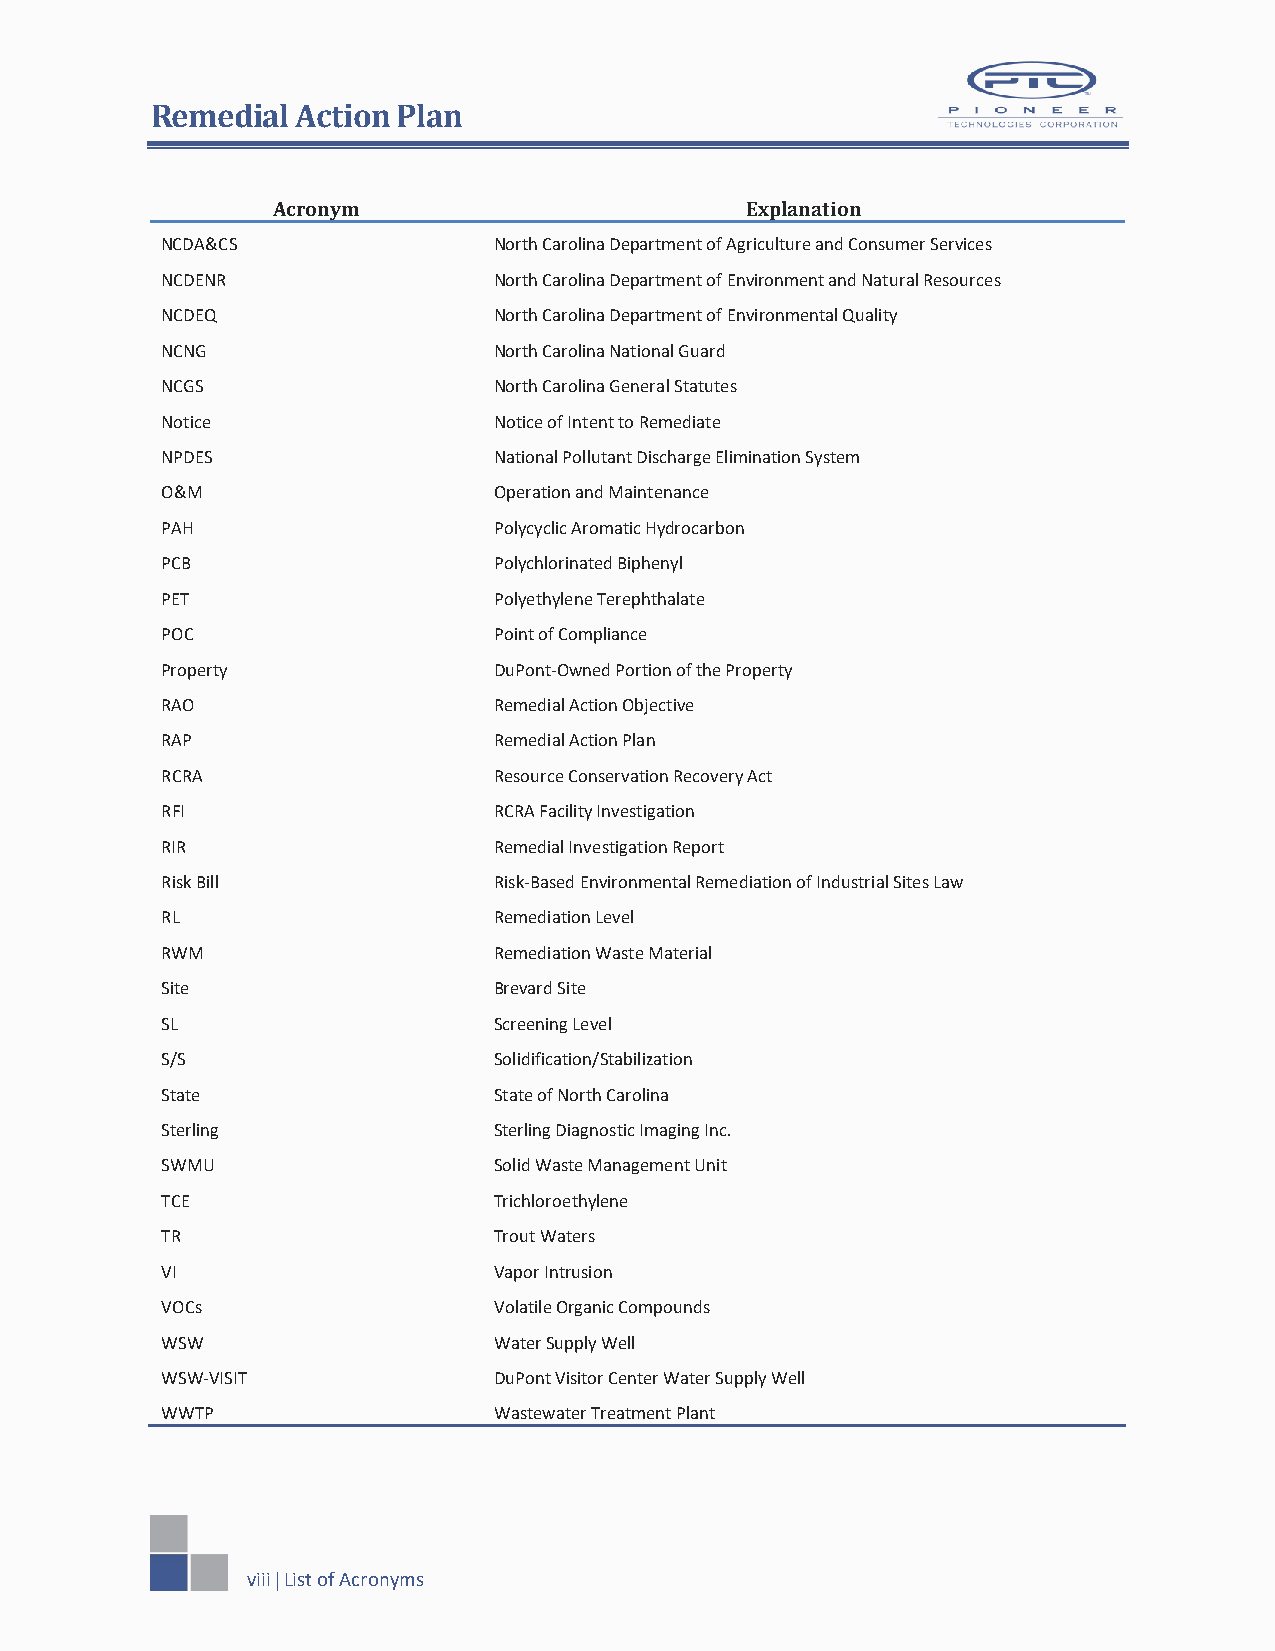
Remedial  Action Plan
 Acronym                        Explanation
 NCDA&CS               North Carolina Department of Agriculture and Consumer Services
 NCDENR                North Carolina Department of Environment and Natural Resources
 NCDEQ                 North Carolina Department of Environmental Quality
 NCNG                  North Carolina National Guard
 NCGS                  North Carolina General Statutes
 Notice                Notice of Intent to Remediate
 NPDES                 National Pollutant Discharge Elimination System
 O&M                   Operation and Maintenance
 PAH                   Polycyclic Aromatic Hydrocarbon
 PCB                   Polychlorinated Biphenyl
 PET                   Polyethylene Terephthalate
 POC                   Point of Compliance
 Property              DuPont-Owned Portion of the Property
 RAO                   Remedial Action Objective
 RAP                   Remedial Action Plan
 RCRA                  Resource Conservation Recovery Act
 RFI                   RCRA Facility Investigation
 RIR                   Remedial Investigation Report
 Risk Bill             Risk-Based Environmental Remediation of Industrial Sites Law
 RL                    Remediation Level
 RWM                   Remediation Waste Material
 Site                  Brevard Site
 SL                    Screening Level
 S/S                   Solidification/Stabilization
 State                 State of North Carolina
 Sterling              Sterling Diagnostic Imaging Inc.
 SWMU                  Solid Waste Management Unit
 TCE                   Trichloroethylene
 TR                    Trout Waters
 VI                    Vapor Intrusion
 VOCs                  Volatile Organic Compounds
 WSW                   Water Supply Well
 WSW-VISIT             DuPont Visitor Center Water Supply Well
 WWTP                  Wastewater Treatment Plant
 viii  List of Acronyms